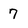
Character: 7